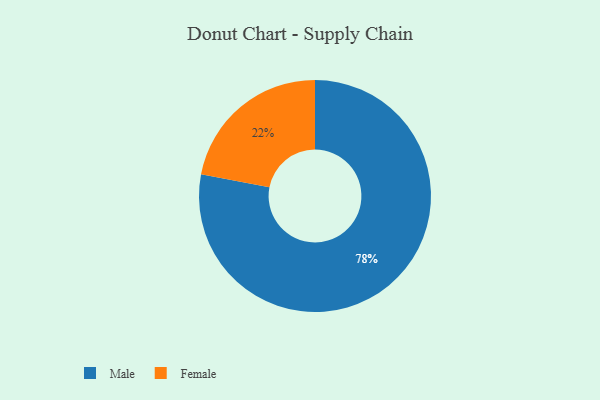
{"axis": {"x": "Category", "y": "Percentage"}, "legend": ["Female", "Male"], "data": [{"x": "Male", "y": 78, "type": "Male"}, {"x": "Female", "y": 22, "type": "Female"}]}